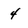
Character: 4